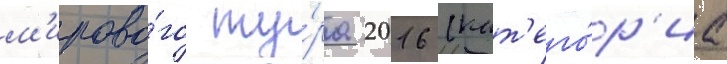
м'ирово́го ту́ра 2016 (кат'его́р'иа